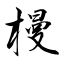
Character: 槾